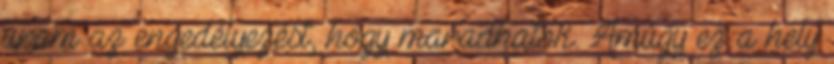
uram az engedélyezést, hogy maradhatok. Amúgy ez a hely